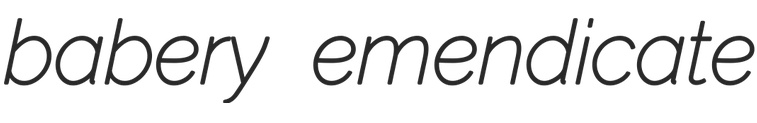
babery emendicate